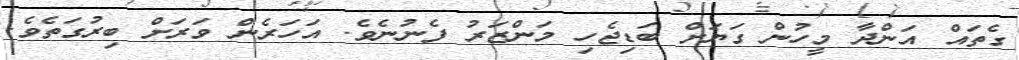
ގެތައް އަންދާ މީހުން ގަޔަށް ބަޑިޖެހި މަންޒަރު ފެނުނެވެ. އަހަރެން ވަރަށް ބިރުގަތެވެ.